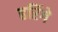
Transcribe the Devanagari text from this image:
हरिंगे